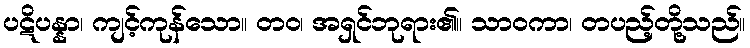
ပဋိပန္နာ၊ ကျင့်ကုန်သော။ တဝ၊ အရှင်ဘုရား၏။ သာဝကာ၊ တပည့်တို့သည်။